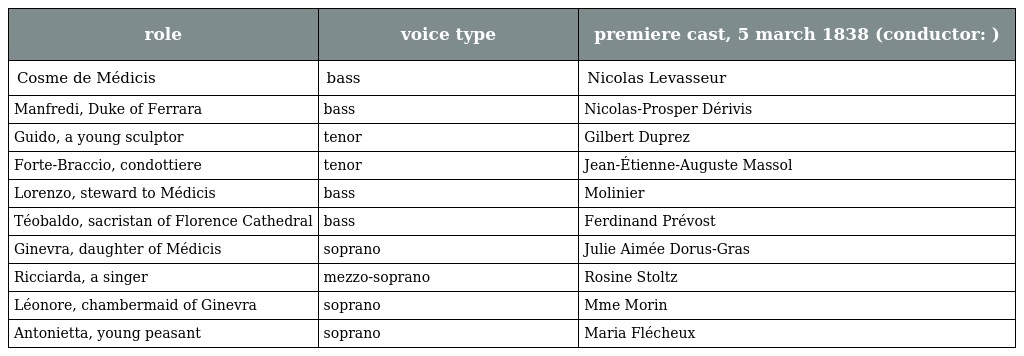
| role | voice type | premiere cast, 5 march 1838 (conductor: ) |
 | --- | --- | --- |
 | Cosme de Médicis | bass | Nicolas Levasseur |
 | Manfredi, Duke of Ferrara | bass | Nicolas-Prosper Dérivis |
 | Guido, a young sculptor | tenor | Gilbert Duprez |
 | Forte-Braccio, condottiere | tenor | Jean-Étienne-Auguste Massol |
 | Lorenzo, steward to Médicis | bass | Molinier |
 | Téobaldo, sacristan of Florence Cathedral | bass | Ferdinand Prévost |
 | Ginevra, daughter of Médicis | soprano | Julie Aimée Dorus-Gras |
 | Ricciarda, a singer | mezzo-soprano | Rosine Stoltz |
 | Léonore, chambermaid of Ginevra | soprano | Mme Morin |
 | Antonietta, young peasant | soprano | Maria Flécheux |